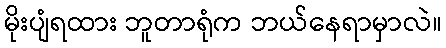
မိုးပျံရထား ဘူတာရုံက ဘယ်နေရာမှာလဲ။